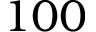
1 0 0